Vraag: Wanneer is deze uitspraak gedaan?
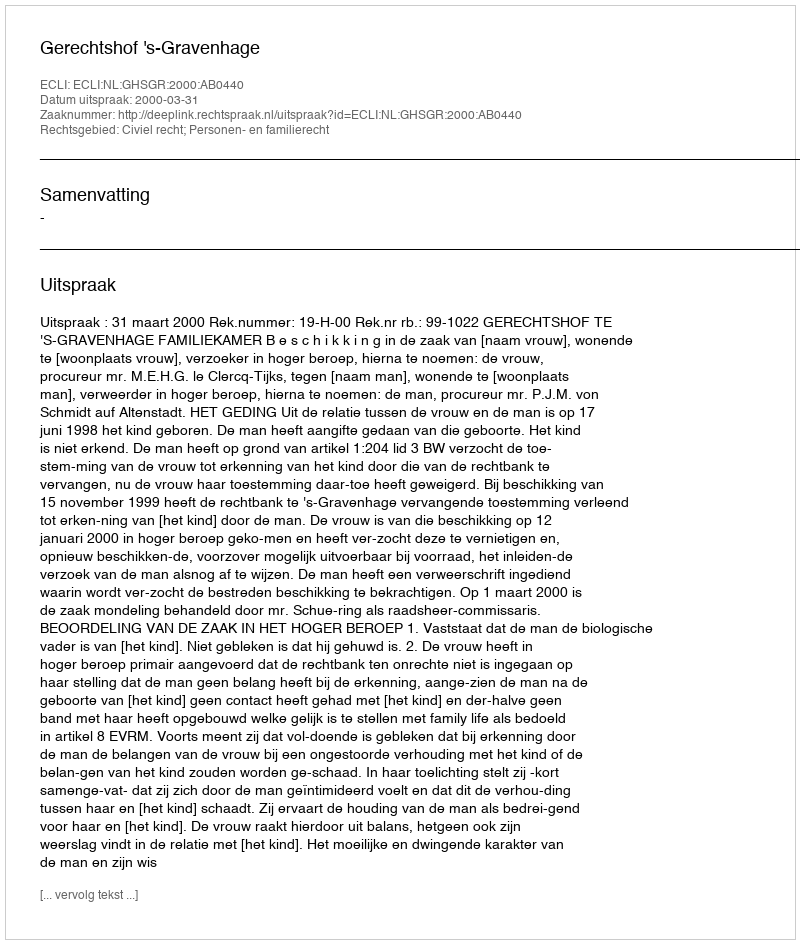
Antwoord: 2000-03-31